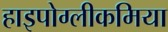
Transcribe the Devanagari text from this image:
हाइपोग्लीकमिया